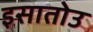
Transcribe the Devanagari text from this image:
इसातोउ